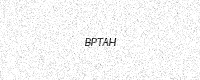
Text: BPTAH